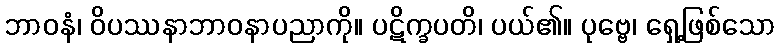
ဘာဝနံ၊ ဝိပဿနာဘာဝနာပညာကို။ ပဋိက္ခပတိ၊ ပယ်၏။ ပုဗ္ဗေ၊ ရှေ့ဖြစ်သော